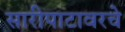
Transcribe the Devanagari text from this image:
सारीपाटावरचे